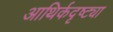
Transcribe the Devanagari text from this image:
आथिर्कदृष्ट्या